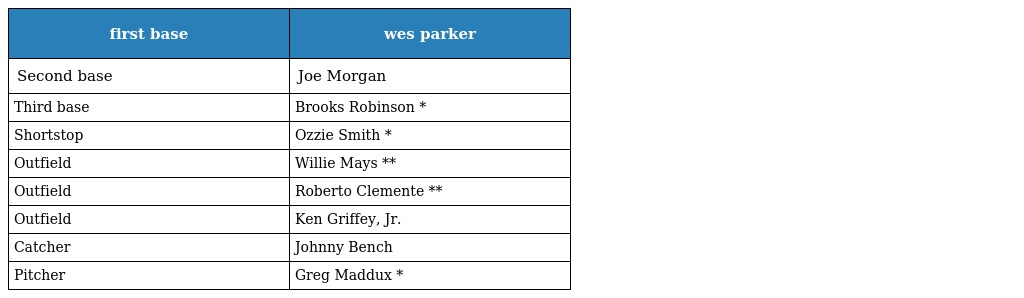
| first base | wes parker |
 | --- | --- |
 | Second base | Joe Morgan |
 | Third base | Brooks Robinson * |
 | Shortstop | Ozzie Smith * |
 | Outfield | Willie Mays ** |
 | Outfield | Roberto Clemente ** |
 | Outfield | Ken Griffey, Jr. |
 | Catcher | Johnny Bench |
 | Pitcher | Greg Maddux * |